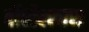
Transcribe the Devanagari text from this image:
वीरोल्लास